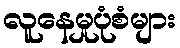
လူနေမှုပုံစံများ